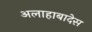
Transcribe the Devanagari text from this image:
अलाहाबादेस